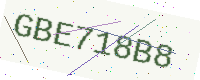
Text: GBE718B8